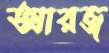
আরজ